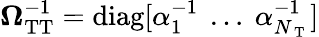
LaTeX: \mathbf{\Omega}_{\mathrm{TT}}^{-1}=\mathrm{diag}[\alpha_{1}^{-1}\ \dots\ \alpha_{N_{\mathrm{~T~}}}^{-1}]